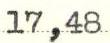
17,48